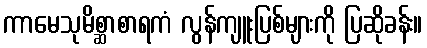
ကာမေသုမိစ္ဆာစာရကံ လွန်ကျူးပြစ်များကို ပြဆိုခန်း။